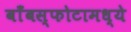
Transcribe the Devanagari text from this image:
बाँबस्फोटामध्ये